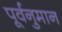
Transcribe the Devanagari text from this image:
पूर्वनुमान